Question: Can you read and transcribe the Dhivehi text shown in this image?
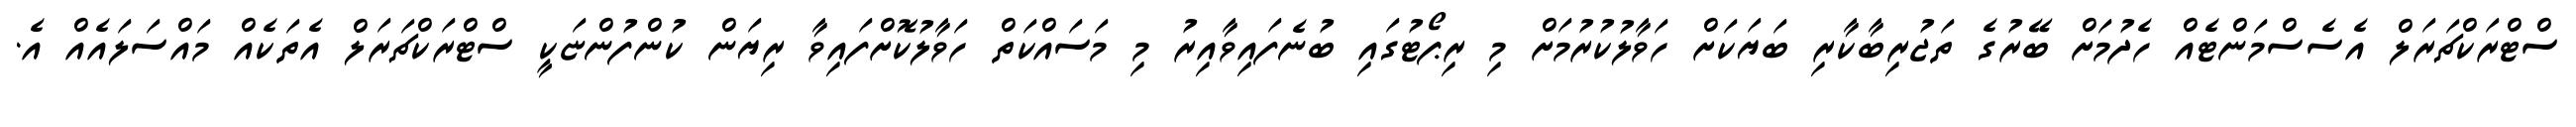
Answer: ސްޓްރަކްޗަރަލް އެސެސްމަންޓެއް ހެދުމަށް ބޭރުގެ ތަޖުރިބާކާރި ބަޔަކަށް ހަވާލުކުރުމަށް މި ރިޕޯޓުގައި ބުނެފައިވާއިރު މި މަސައްކަތް ހަވާލުކޮށްފައިވާ ރިޔަން ކުންފުންޏަކީ ސްޓްރަކްޗަރަލް އެތަކެއް މައްސަލައެއް އެ.